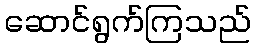
ဆောင်ရွက်ကြသည်